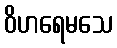
ဝိဟရေမသေ